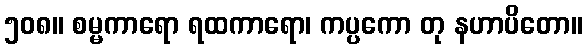
၅၀၈။ စမ္မကာရော ရထကာရော၊ ကပ္ပကော တု နဟာပိတော။